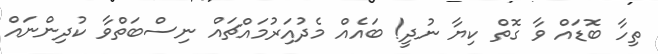
ތިހާ ބޮޑައް ވާ ގޮތް ކިޔާ ނުދީ! ބައެއް މެދުއަިރުމައްޗައް ނިސްބަތްވާ ކުދިންނައް